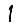
Digit: 1